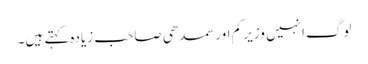
لوگ انہیں وزیر کم اور سمدھی صاحب زیادہ کہتے ہیں۔